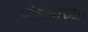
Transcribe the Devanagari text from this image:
पोथ्यांच्या